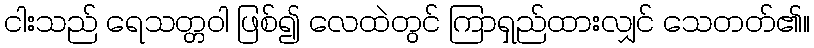
ငါးသည် ရေသတ္တဝါ ဖြစ်၍ လေထဲတွင် ကြာရှည်ထားလျှင် သေတတ်၏။